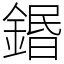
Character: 鍲